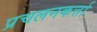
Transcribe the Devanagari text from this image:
प्रचलनकर्त्ता